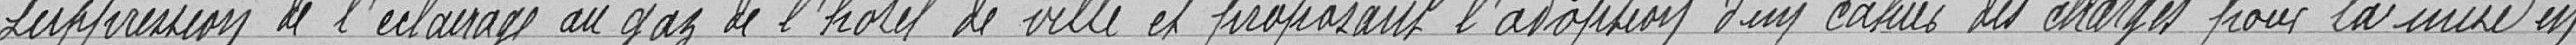
suppression de l'éclairage au gaz de l'hôtel de ville et proposant l'adoption d'un cahier des charges pour la mise en